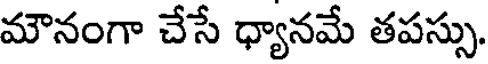
మౌనంగా చేసే ధ్యానమే తపస్సు.